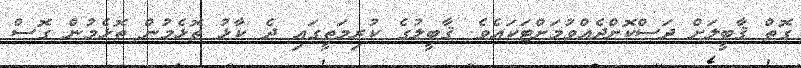
ގޮތް ޤާބީލަށް ދަސްކޮށްދެއްވުމަށްޓަކައެވެ. ޤާބީލުގެ ކުރިމަތީގައި ދެ ކާޅު ތޮޅެމުން ތޮޅެމުން ގޮސް